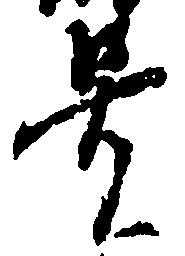
号